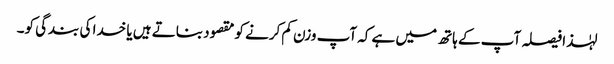
لہٰذا فیصلہ آپ کے ہاتھ میں ہے کہ آپ وزن کم کرنے کو مقصود بناتے ہیں یا خدا کی بندگی کو۔